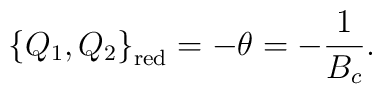
\big\{Q_{1}, Q_{2}\big\}_{{\rm red}}=-\theta=-\frac{1}{B_{c}}.